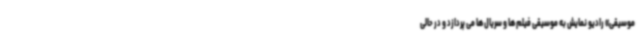
موسیقی» رادیو نمایش به موسیقی فیلم ها و سریال ها می پردازد و در حالی